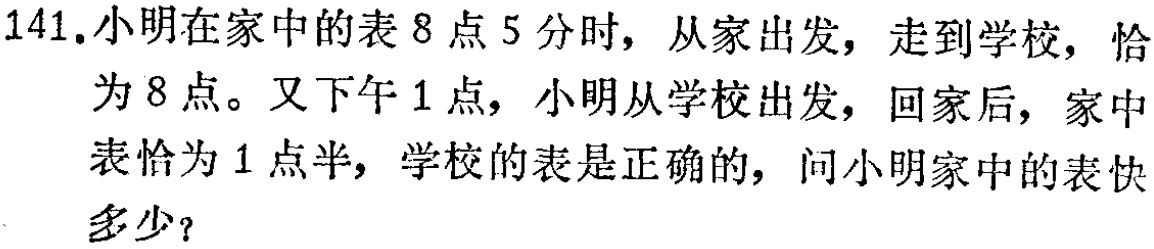
141.小明在家中的表8点5分时，从家出发，走到学校，恰为8点。又下午1点，小明从学校出发，回家后，家中表恰为1点半，学校的表是正确的，问小明家中的表快多少？